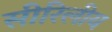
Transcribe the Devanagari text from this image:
सीरिलीय